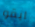
ابقو